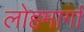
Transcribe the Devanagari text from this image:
लोहमार्गां